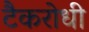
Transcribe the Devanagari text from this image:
टैकरोधी